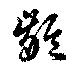
齢